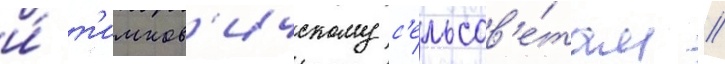
и́ т'имков'ичскому с'ельсов'е́там //